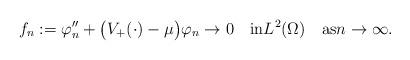
LaTeX: \begin{align*}f_n:=\varphi_n''+\big(V_+(\cdot)-\mu\big)\varphi_n\to 0\quad\mbox{in}L^2(\Omega)\quad\mbox{as}n\to\infty.\end{align*}